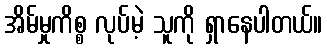
အိမ်မှုကိစ္စ လုပ်မဲ့ သူကို ရှာနေပါတယ်။